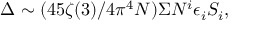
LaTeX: \Delta \sim ( 4 5 { \zeta } ( 3 ) / 4 { \pi ^ { 4 } } N ) { \Sigma } N ^ { i } { \epsilon _ { i } } S _ { i } ,